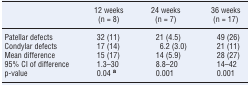
<table><thead><tr><td></td><td><b>12 weeks</b></td><td><b>24 weeks</b></td><td><b>36 weeks</b></td></tr><tr><td></td><td><b>(n = 8)</b></td><td><b>(n = 7)</b></td><td><b>(n = 17)</b></td></tr></thead><tbody><tr><td>Patellar defects</td><td>32 (11)</td><td>21 (4.5)</td><td>49 (26)</td></tr><tr><td>Condylar defects</td><td>17 (14)</td><td>6.2 (3.0)</td><td>21 (11)</td></tr><tr><td>Mean difference</td><td>15 (17)</td><td>14 (5.9)</td><td>28 (27)</td></tr><tr><td>95% CI of difference</td><td>1.3–30</td><td>8.8–20</td><td>14–42</td></tr><tr><td>p-value</td><td>0.04 <b><sup>a</sup></b></td><td>0.001</td><td>0.001</td></tr></tbody></table>